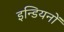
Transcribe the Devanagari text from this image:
इन्डियनों